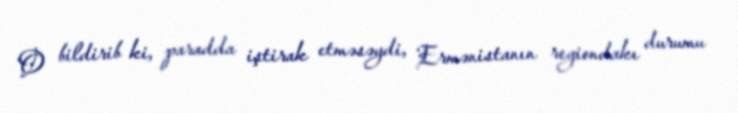
O bildirib ki, paradda iştirak etməsəydi, Ermənistanın regiondakı durumu